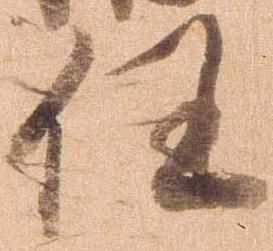
任